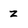
Character: z